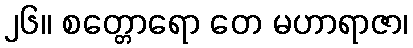
၂၆။ စတ္တောရော တေ မဟာရာဇာ၊